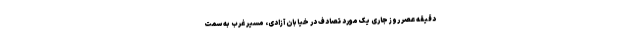
دقیقه عصر روز جاری یک مورد تصادف در خیابان آزادی، مسیر غرب به سمت